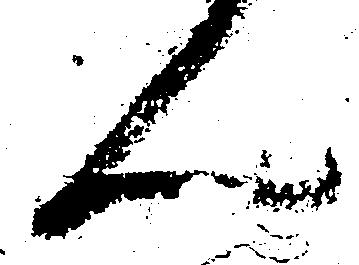
ん